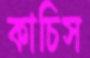
কাচিস